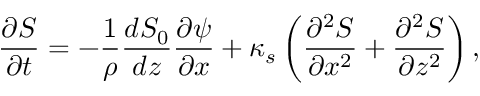
\frac { \partial S } { \partial t } = - \frac { 1 } { \rho } \frac { d S _ { 0 } } { d z } \frac { \partial \psi } { \partial x } + \kappa _ { s } \left( \frac { \partial ^ { 2 } S } { \partial x ^ { 2 } } + \frac { \partial ^ { 2 } S } { \partial z ^ { 2 } } \right) ,